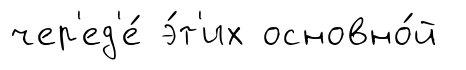
чер'ед'е́ э́т'их основно́й